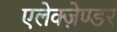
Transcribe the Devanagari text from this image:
एलेक्ज़ेण्डर